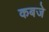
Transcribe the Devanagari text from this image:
कबजे